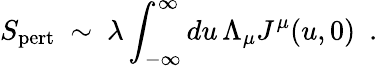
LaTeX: S_{\mathrm{pert}}\ \sim\ \lambda\int_{-\infty}^{\infty}du\, \Lambda_{\mu}J^{\mu}(u,0)\ \ .